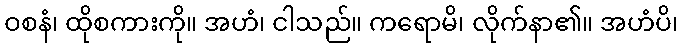
ဝစနံ၊ ထိုစကားကို။ အဟံ၊ ငါသည်။ ကရောမိ၊ လိုက်နာ၏။ အဟံပိ၊